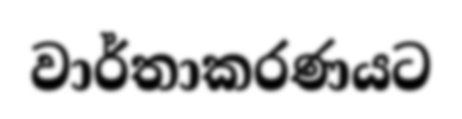
වාර්තාකරණයට